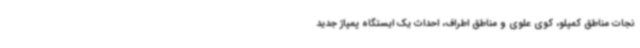
نجات مناطق کمپلو، کوی علوی و مناطق اطراف، احداث یک ایستگاه پمپاژ جدید